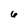
Character: 6